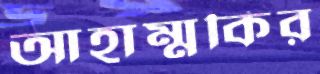
আহাম্মকির